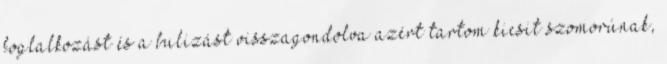
foglalkozást és a bulizást visszagondolva azért tartom kicsit szomorúnak,